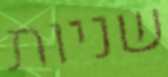
שניות